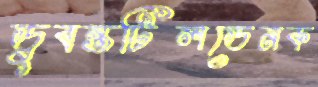
ডুবন্তটিলডেনক